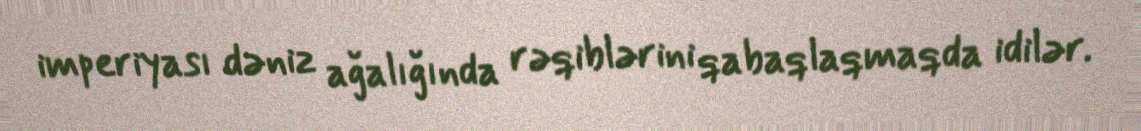
imperiyası dəniz ağalığında rəqiblərini qabaqlaqmaqda idilər.